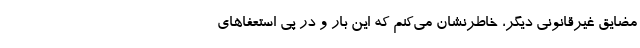
مضایق غیرقانونی دیگر، خاطرنشان می‌کنم که این بار و در پی استعفاهای